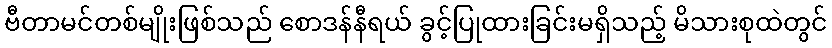
ဗီတာမင်တစ်မျိုးဖြစ်သည် စောဒန်နီရယ် ခွင့်ပြုထားခြင်းမရှိသည့် မိသားစုထဲတွင်